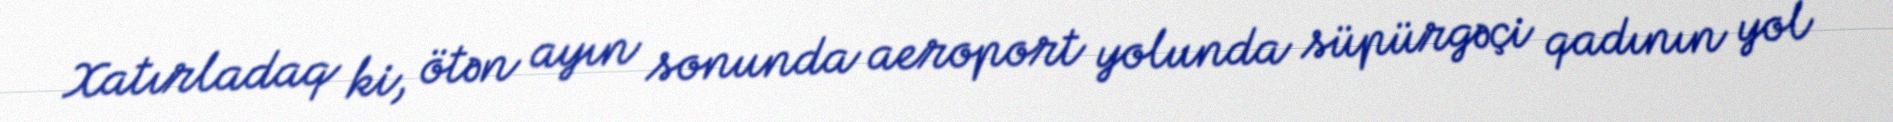
Xatırladaq ki, ötən ayın sonunda aeroport yolunda süpürgəçi qadının yol